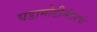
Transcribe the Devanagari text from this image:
घडामोडीनंतरचे